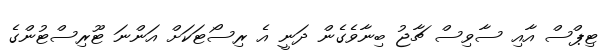
ޓިޕްސް އާއި ސާވިސް ޗާޖު ބިނާވެގެން ދަނީ އެ ރިސޯޓަކަށް އަންނަ ޓޫރިސްޓުންގެ